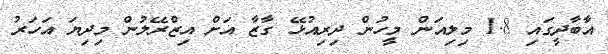
އާބާދީގައި 1.8 މިލިއަން މީހުން ދިރިއުޅޭ ގާޒާ އަށް އިޒްރޭލުން މިދިޔަ އަހަރު